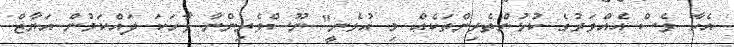
އެހާ ވެސް އެއްވަރުގެ ކުޅުންތެރިންތަކެއް މި އުޅެނީ" ނޫސްވެރިންނާ ވާހަކަ ދައްކަމުން އަޔާޒް